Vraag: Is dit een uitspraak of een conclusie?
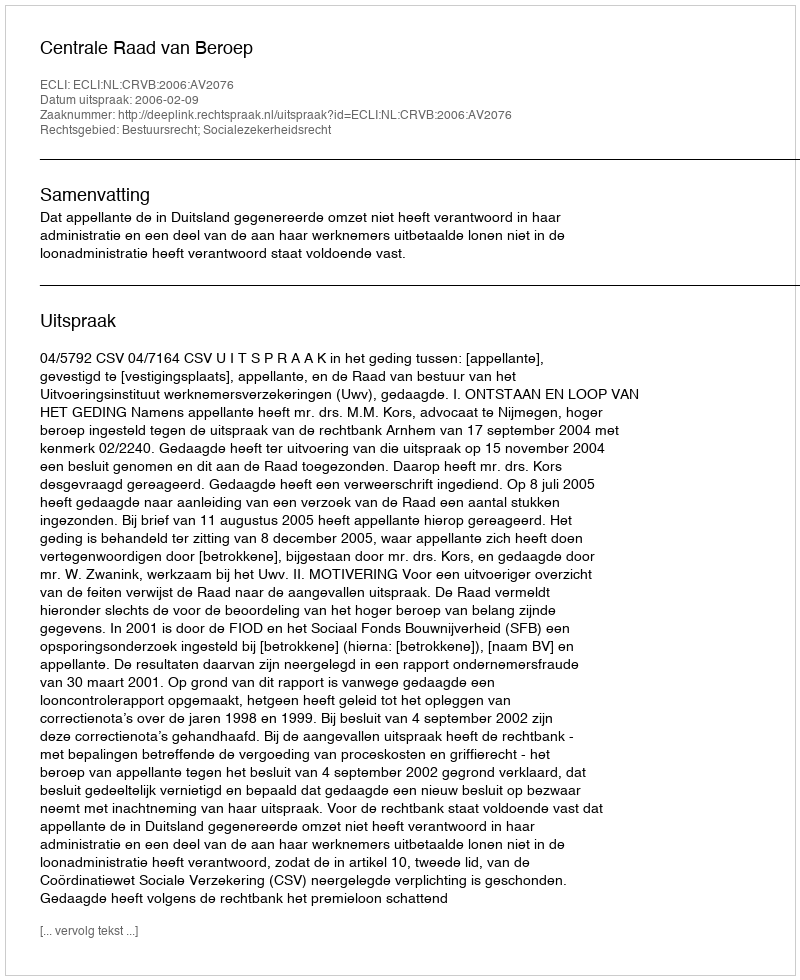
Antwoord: Uitspraak